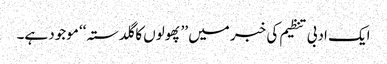
ایک ادبی تنظیم کی خبر میں ’’پھولوں کا گلدستہ‘‘ موجود ہے۔